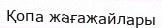
Қопа жағажайлары